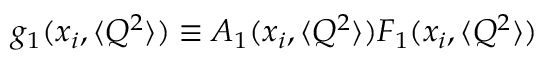
g _ { 1 } ( x _ { i } , \langle Q ^ { 2 } \rangle ) \equiv A _ { 1 } ( x _ { i } , \langle Q ^ { 2 } \rangle ) F _ { 1 } ( x _ { i } , \langle Q ^ { 2 } \rangle )